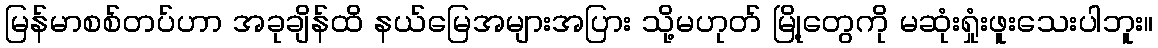
မြန်မာစစ်တပ်ဟာ အခုချိန်ထိ နယ်မြေအများအပြား သို့မဟုတ် မြို့တွေကို မဆုံးရှုံးဖူးသေးပါဘူး။